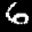
Label: 6